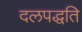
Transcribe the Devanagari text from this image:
दलपद्धति